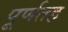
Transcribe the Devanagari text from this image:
पूर्णतह